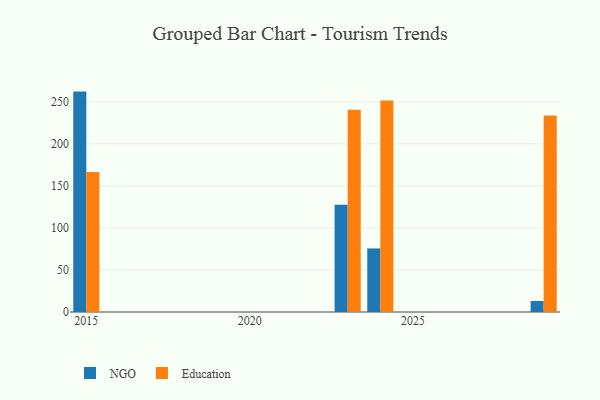
{"axis": {"x": "Year", "y": "Conversion Rate (%)"}, "legend": ["Education", "NGO"], "data": [{"x": "2023", "y": 127.6, "type": "NGO"}, {"x": "2023", "y": 240.6, "type": "Education"}, {"x": "2024", "y": 75.6, "type": "NGO"}, {"x": "2024", "y": 251.5, "type": "Education"}, {"x": "2029", "y": 13.1, "type": "NGO"}, {"x": "2029", "y": 233.9, "type": "Education"}, {"x": "2015", "y": 262.2, "type": "NGO"}, {"x": "2015", "y": 166.5, "type": "Education"}]}